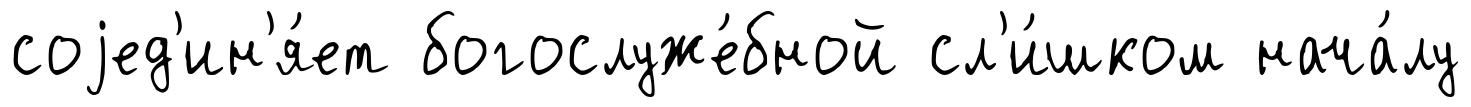
соjед'ин'я́ет богослуже́бной сл'и́шком нача́лу